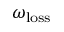
\omega _ { \mathrm { l o s s } }